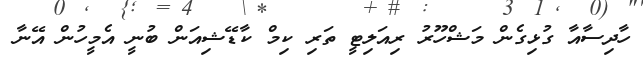
ހާދިސާއާ ގުޅިގެން މަޝްހޫރު ރިއަލިޓީ ތަރި ކިމް ކާޑޭޝިއަން ބުނީ އެމީހުން އޭނާ